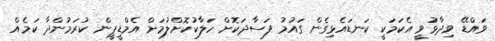
ވައްޑޭ ވިދާޅުވީ އެކަމަކީ ކަނޑައެޅިގެން ގައުމު ފަސާދަކޮށް ހަލާކުކޮށްލުމަށް އެމްޑީޕީން ކުރަމުންދާ ކަމެއް